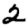
Digit: 2